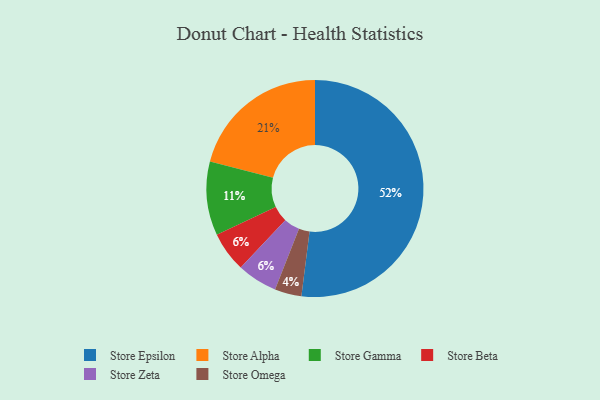
{"axis": {"x": "Category", "y": "Percentage"}, "legend": ["Store Alpha", "Store Beta", "Store Epsilon", "Store Gamma", "Store Omega", "Store Zeta"], "data": [{"x": "Store Epsilon", "y": 52, "type": "Store Epsilon"}, {"x": "Store Omega", "y": 4, "type": "Store Omega"}, {"x": "Store Gamma", "y": 11, "type": "Store Gamma"}, {"x": "Store Alpha", "y": 21, "type": "Store Alpha"}, {"x": "Store Beta", "y": 6, "type": "Store Beta"}, {"x": "Store Zeta", "y": 6, "type": "Store Zeta"}]}